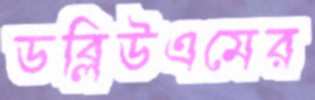
ডব্লিউএমের